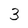
Character: 3